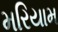
મરિયામ